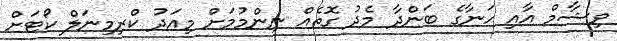
ވިޝާމް އާއި ހަނާގެ ބަންދާ މެދު ގޮތެއް ނިންމުމަށް މިއަދު ކްރިމިނަލް ކޯޓަށް